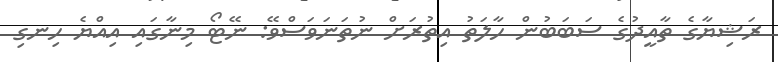
ރަޝިޔާގެ ތާއީދުގެ ސަަަބަބުން ހާލަތު އިތުރަށް ނުތަނަވަސްވޭ: ނޭޓޯ މިނާގައި އިއްޔެ ހިނގި